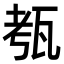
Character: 㼥